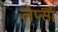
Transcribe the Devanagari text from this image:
लेप्सा